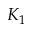
K _ { 1 }